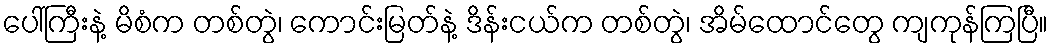
ပေါ်ကြီးနဲ့ မိစံက တစ်တွဲ၊ ကောင်းမြတ်နဲ့ ဒိန်းငယ်က တစ်တွဲ၊ အိမ်ထောင်တွေ ကျကုန်ကြပြီ။